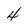
Character: 4